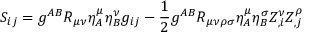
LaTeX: S _ { i j } = g ^ { A B } { \cal R } _ { \mu \nu } \eta _ { A } ^ { \mu } \eta _ { B } ^ { \nu } g _ { i j } - \frac { 1 } { 2 } g ^ { A B } { \cal R } _ { \mu \nu \rho \sigma } \eta _ { A } ^ { \mu } \eta _ { B } ^ { \sigma } Z _ { , i } ^ { \nu } Z _ { , j } ^ { \rho }